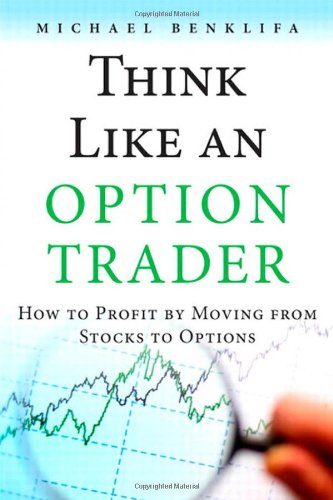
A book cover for Think Like an Option Trader: How to Profit by Moving from Stocks to Options; Michael Benklifa; Business & Money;